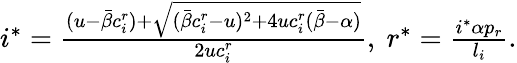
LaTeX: \begin{array}{r}{i^{*}=\frac{(u-\bar{\beta}c_{i}^{r})+\sqrt{(\bar{\beta}c_{i}^{r}-u)^{2}+4uc_{i}^{r}(\bar{\beta}-\alpha)}}{2uc_{i}^{r}},\ r^{*}=\frac{i^{*}\alpha p_{r}}{l_{i}}.}\end{array}